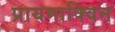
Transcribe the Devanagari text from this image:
प्रायमाक्विन